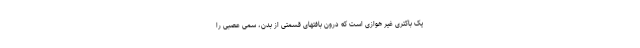
یک باکتری غیر هوازی است که درون بافتهای قسمتی از بدن، سمی عصبی را